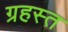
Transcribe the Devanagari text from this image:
ग्रहस्त